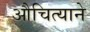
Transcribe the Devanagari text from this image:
औचित्याने